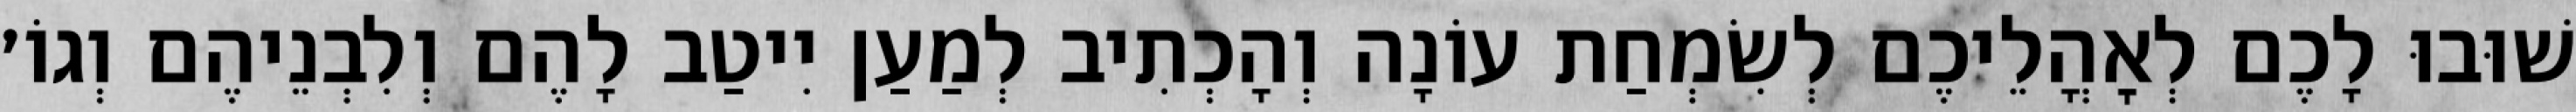
שׁוּבוּ לָכֶם לְאׇהֳלֵיכֶם לְשִׂמְחַת עוֹנָה וְהָכְתִיב לְמַעַן יִיטַב לָהֶם וְלִבְנֵיהֶם וְגוֹ׳